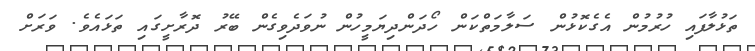
ތަޅުލާފައި ހުރުމުން އެގެކޮޅުން ސަލާމަތްކަން ހޯދަންދިޔަމީހުން ނުވަދެވިގެން ބޭރު ދޮރާށީގައި ތަޅައެވެ. ވަރަށް